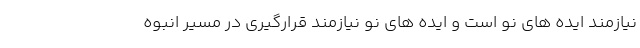
نیازمند ایده های نو است و ایده های نو نیازمند قرارگیری در مسیر انبوه